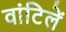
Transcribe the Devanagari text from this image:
वांटिलें